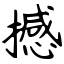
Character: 撼